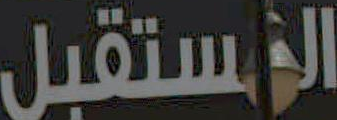
المستقبل